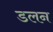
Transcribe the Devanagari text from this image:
डलन